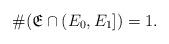
LaTeX: \begin{align*}\# (\frak E \cap (E_0,E_1]) = 1.\end{align*}